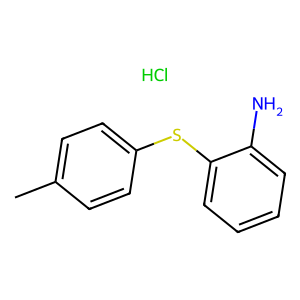
SMILES: Cc1ccc(Sc2ccccc2N)cc1.Cl
Inhibits HIV replication: No